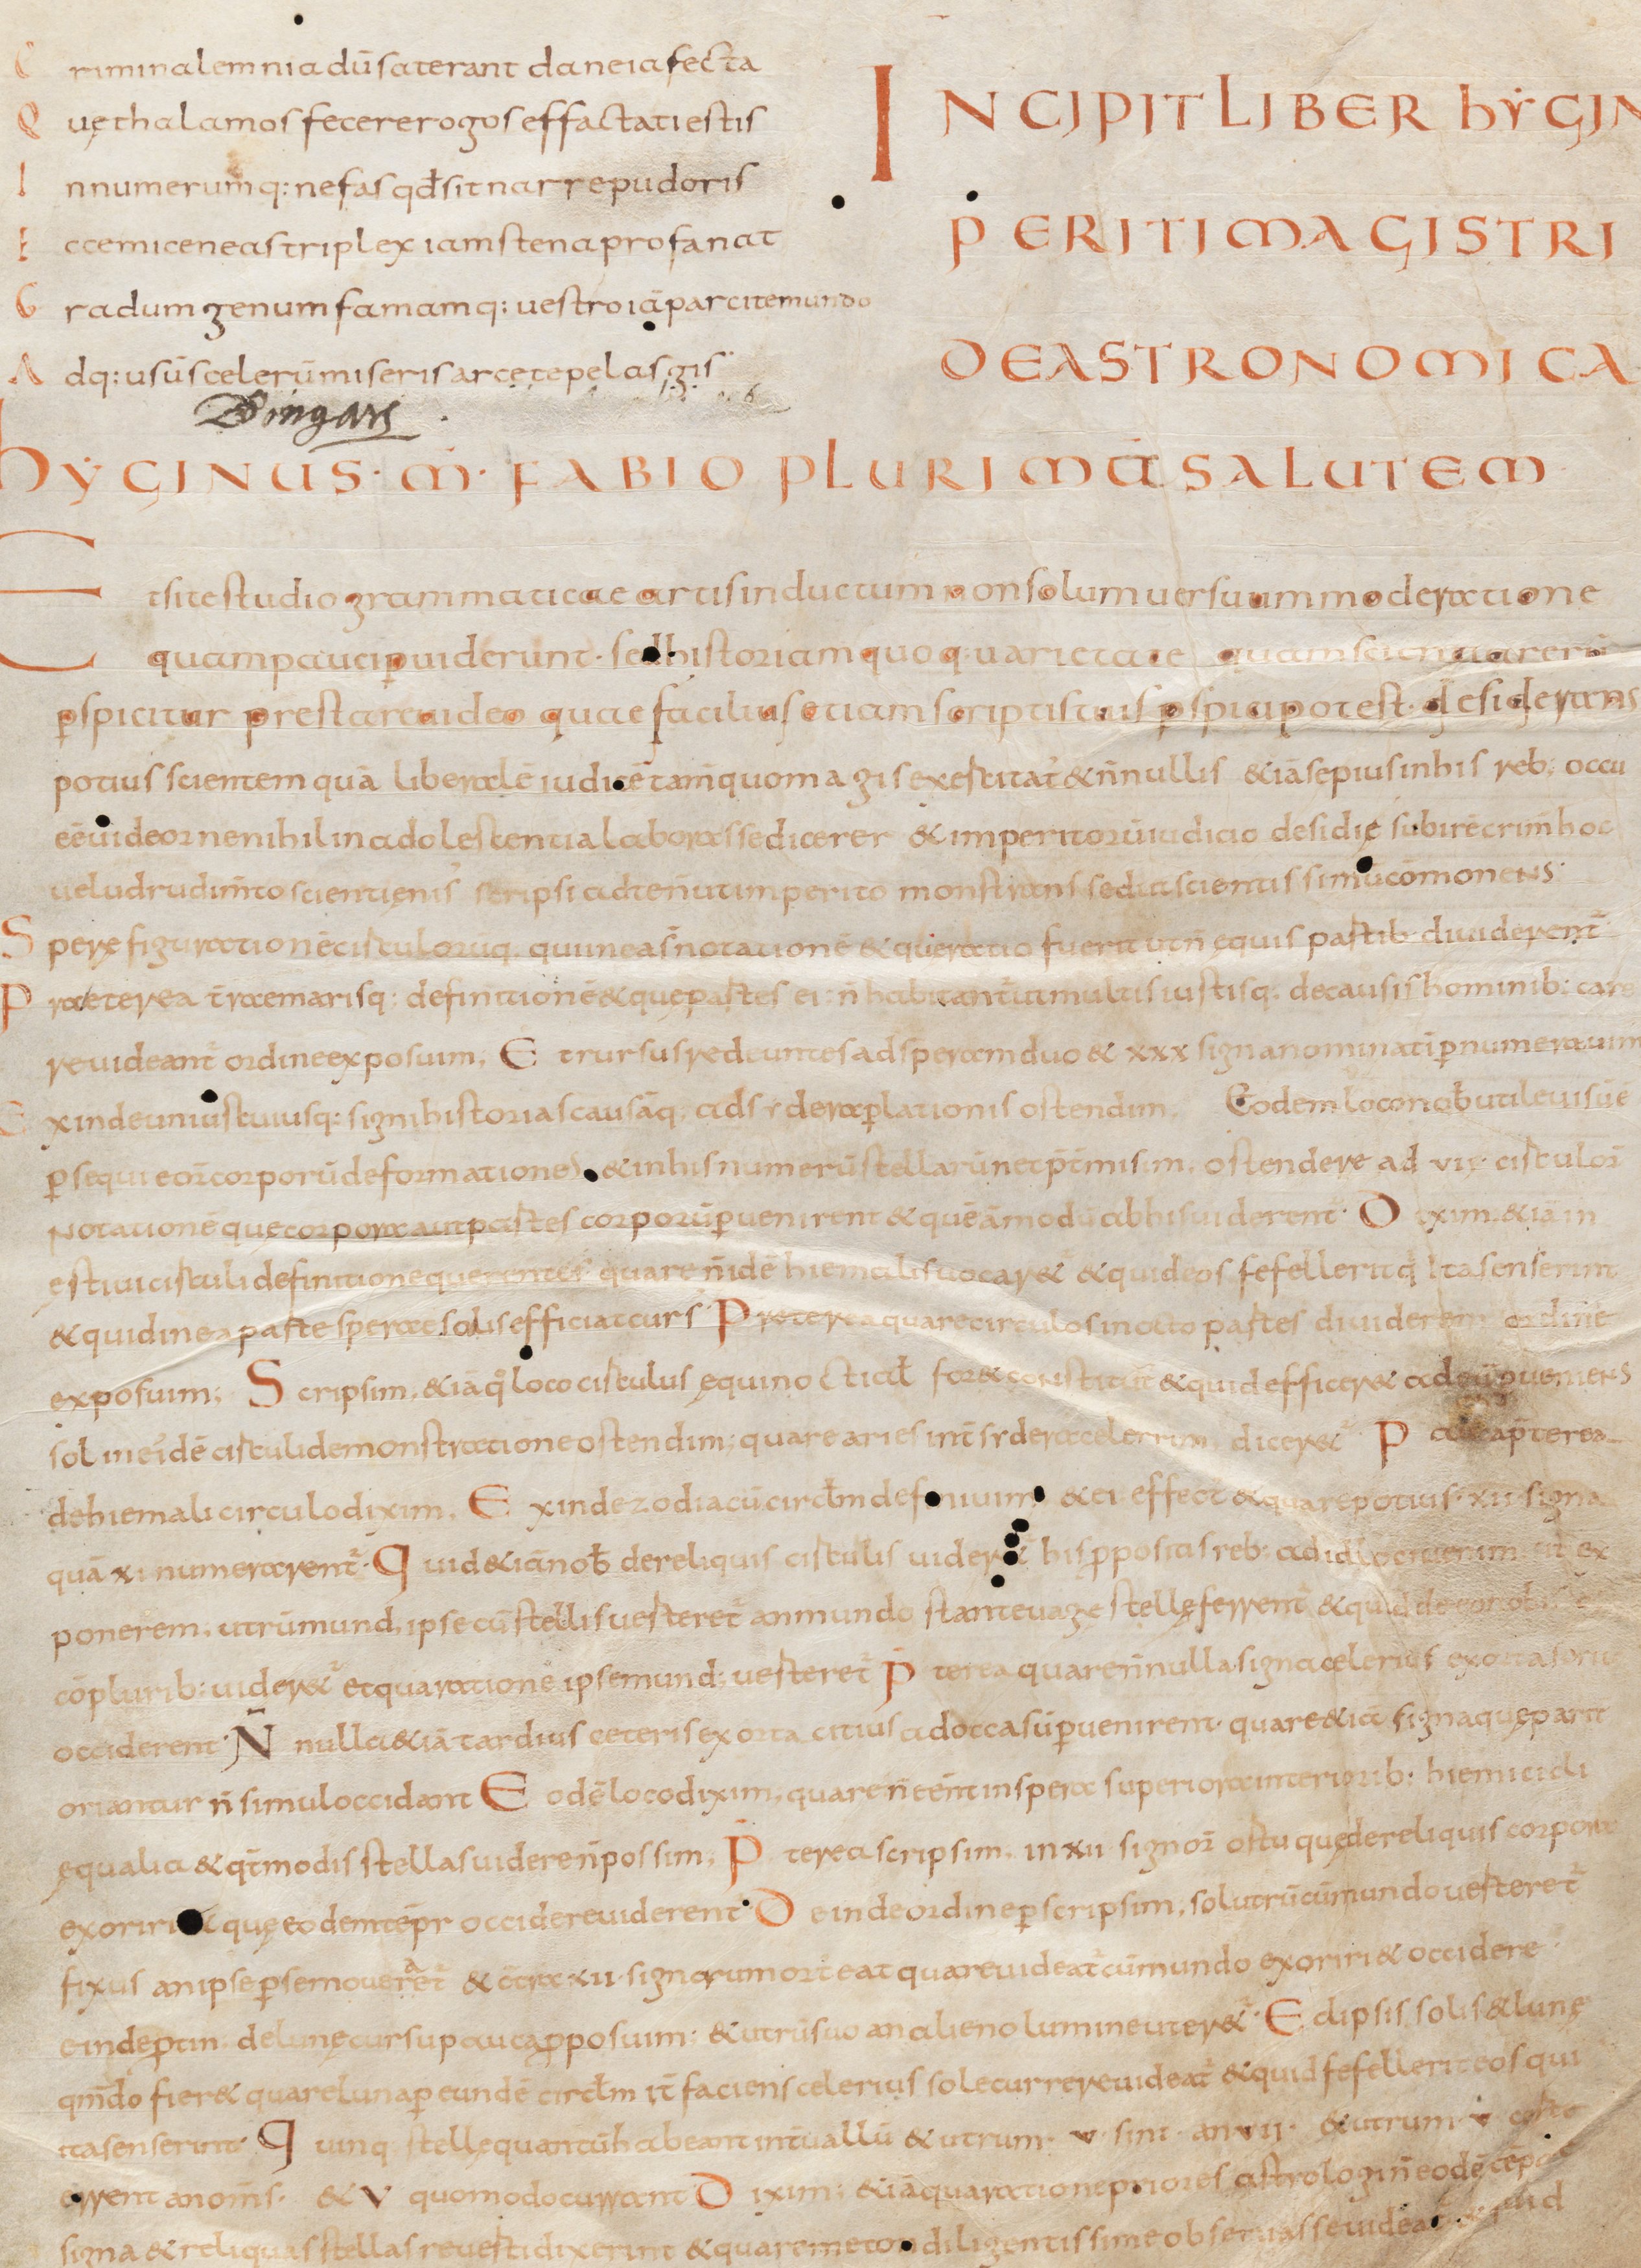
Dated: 834–1899